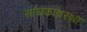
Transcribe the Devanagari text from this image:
साधकावस्था